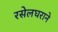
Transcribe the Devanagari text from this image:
रसेलघराने